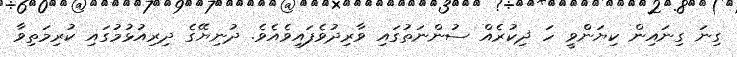
ގިނަ ގިނައިން ކިޔަންވީ ހަ ޛިކުރެއް ސުންނަތުގައި ވާރިދުވެފައިވެއެވެ. ދުނިޔޭގެ ދިރިއުޅުމުގައި ކުރިމަތިވާ